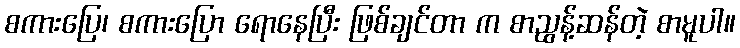
စကားပြေ၊ စကားပြော ရောနေပြီး ဖြစ်ချင်တာ က စာညွန့်ဆန်တဲ့ စာမူပါ။